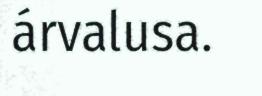
árvalusa.